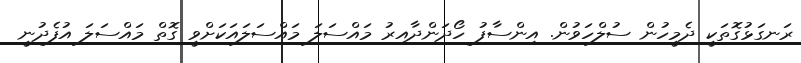
ރަނގަޅުގޮތަކީ ދެމީހުން ސުލްހަވުން. އިންސާފު ހޯދަންދާއިރު މައްސަލަ މައްސަލައަކަށްވީ ގޮތް މައްސަލަ އުފެދުނީ